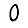
Digit: 0